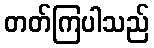
တတ်ကြပါသည်